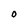
Character: O